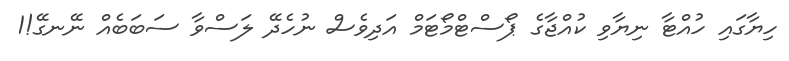
ހިޔާގައި ހުއްޓާ ނިޔާވި ކުއްޖާގެ ޕޯސްޓްމޯޓަމް އަދިވެސް ނުހެދޭ ލަސްވާ ސަބަބެއް ނޭނގޭ!1